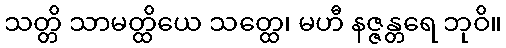
သတ္တိ သာမတ္ထိယေ သတ္ထေ၊ မဟီ နဇ္ဇန္တရေ ဘုဝိ။